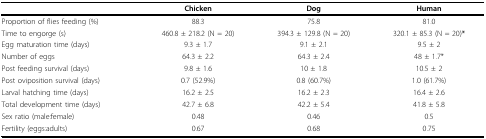
<table><thead><tr><td></td><td><b>Chicken</b></td><td><b>Dog</b></td><td><b>Human</b></td></tr></thead><tbody><tr><td>Proportion of flies feeding (%)</td><td>88.3</td><td>75.8</td><td>81.0</td></tr><tr><td>Time to engorge (s)</td><td>460.8 ± 218.2 (N = 20)</td><td>394.3 ± 129.8 (N = 20)</td><td>320.1 ± 85.3 (N = 20)<b>*</b></td></tr><tr><td>Egg maturation time (days)</td><td>9.3 ± 1.7</td><td>9.1 ± 2.1</td><td>9.5 ± 2</td></tr><tr><td>Number of eggs</td><td>64.3 ± 2.2</td><td>64.3 ± 2.4</td><td>48 ± 1.7*</td></tr><tr><td>Post feeding survival (days)</td><td>9.8 ± 1.6</td><td>10 ± 1.8</td><td>10.5 ± 2</td></tr><tr><td>Post oviposition survival (days)</td><td>0.7 (52.9%)</td><td>0.8 (60.7%)</td><td>1.0 (61.7%)</td></tr><tr><td>Larval hatching time (days)</td><td>16.2 ± 2.5</td><td>16.2 ± 2.3</td><td>16.4 ± 2.6</td></tr><tr><td>Total development time (days)</td><td>42.7 ± 6.8</td><td>42.2 ± 5.4</td><td>41.8 ± 5.8</td></tr><tr><td>Sex ratio (male:female)</td><td>0.48</td><td>0.46</td><td>0.5</td></tr><tr><td>Fertility (eggs:adults)</td><td>0.67</td><td>0.68</td><td>0.75</td></tr></tbody></table>